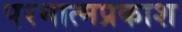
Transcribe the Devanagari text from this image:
परमात्मप्रकाश